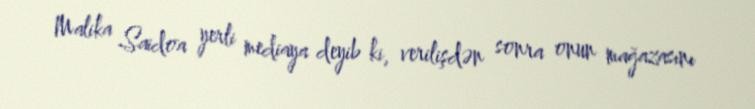
Malika Saidoa yerli mediaya deyib ki, verilişdən sonra onun mağazasını